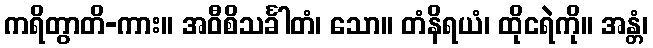
ကရိတွာတိ-ကား။ အဝီစိသင်္ခါတံ၊ သော။ တံနိရယံ၊ ထိုငရဲကို။ အန္တံ၊